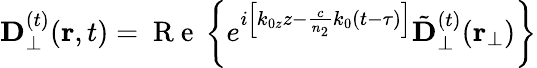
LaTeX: {\mathbf D}_{\perp}^{(t)}({\mathbf r},t)=\mathrm{~R~e~}\left\{ e^{i\left[k_{0z}z-\frac{c}{n_{2}}k_{0}(t-\tau)\right]}{\tilde{\mathbf D}}_{\perp}^{(t)}({\mathbf r}_{\perp})\right\}